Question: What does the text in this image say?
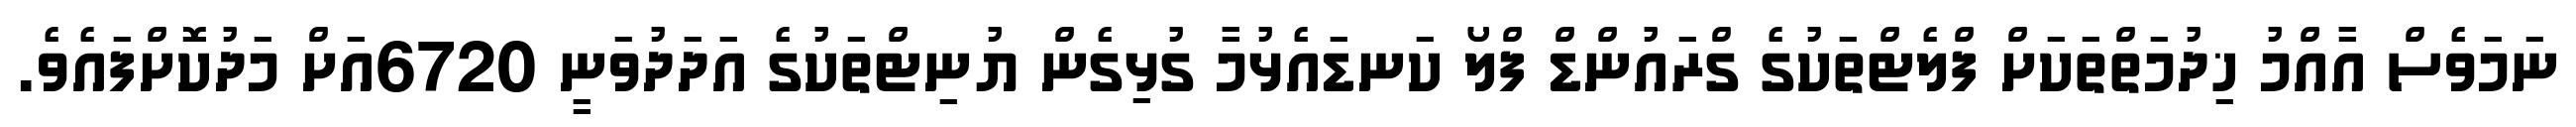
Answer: ނަމަވެސް އާއްމު ޚިދުމަތްތަކަށް ފްލެޓްތަކުގެ ގްރައުންޑް ފްލޯ ކަނޑައެޅުމާ ގުޅިގެން ޔުނިޓްތަކުގެ އަދަދުވަނީ 6720އަށް މަދުކޮށްފައެވެ.